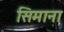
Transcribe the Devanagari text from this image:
सिमाना